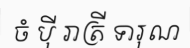
ចំ ប៉ី រាត្រី ទារុណ